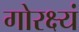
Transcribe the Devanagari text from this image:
गोरक्ष्यं